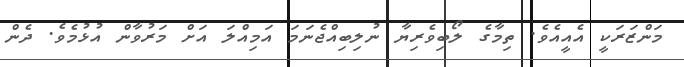
މަންޒަރަކީ އެއީއެވެ. ތިމާގެ ލޯބިވެރިޔާ ނުލިބިއްޖެނަމަ އަމިއްލަ އަށް މަރުވާން އުޅުމެވެ. ދެން